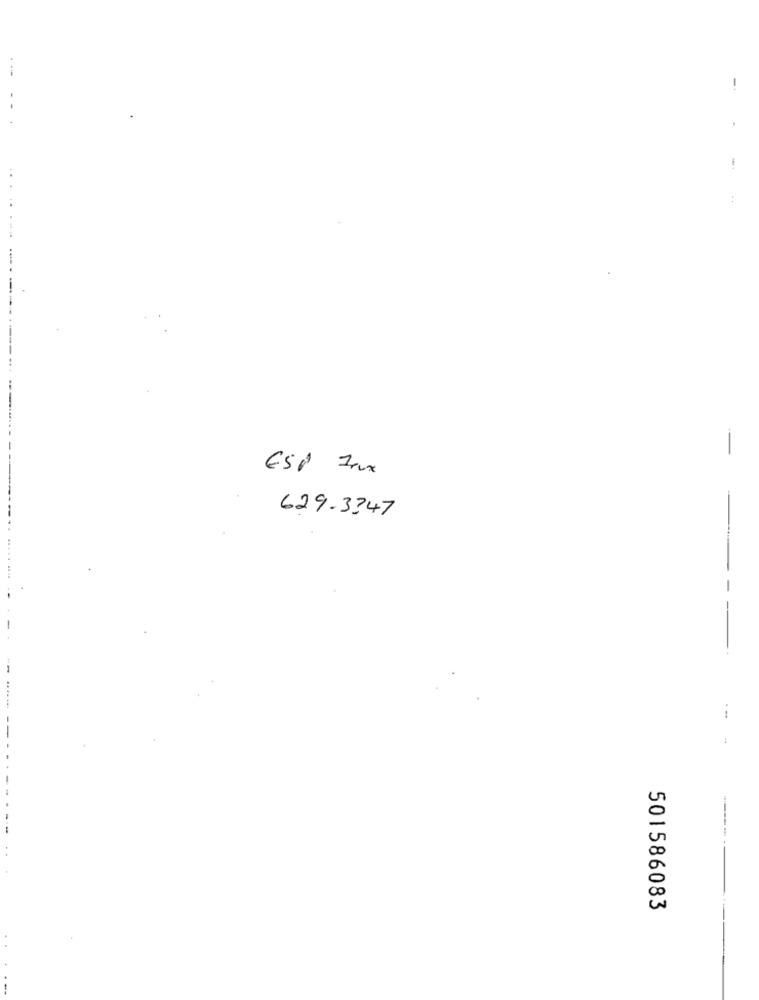
1
-
-
ESP Inx
629.3347
-----
. ..
501586083